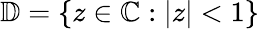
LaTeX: {\mathbb{D}=\{ z\in\mathbb{C}:\lvert z\rvert<1\} }